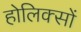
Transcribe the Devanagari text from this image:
होलिक्सों